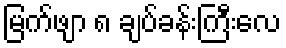
မြက်ဖျာ ၈ ချပ်ခန်းကြီးလေ